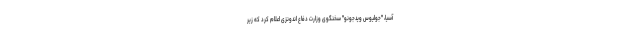
آسیا، "جولیوس ویدجونو" سخنگوی وزارت دفاع اندونزی اعلام کرد که زیر